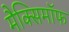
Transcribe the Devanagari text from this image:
मैक्सिमाॅफ